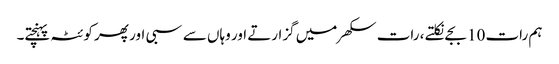
ہم رات 10 بجے نکلتے ، رات سکھر میں گزارتے اور وہاں سے سبی اور پھر کوئٹہ پہنچتے۔